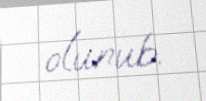
olunub.